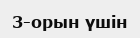
3-орын үшін